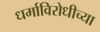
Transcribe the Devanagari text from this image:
धर्माविरोधीच्या